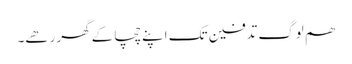
ھم لوگ تدفین تک اپنے چچا کے گھر رھے۔